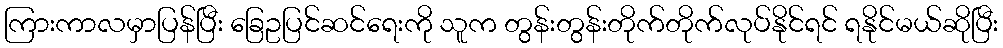
ကြားကာလမှာပြန်ပြီး ခြေဥပြင်ဆင်ရေးကို သူက တွန်းတွန်းတိုက်တိုက်လုပ်နိုင်ရင် ရနိုင်မယ်ဆိုပြီး